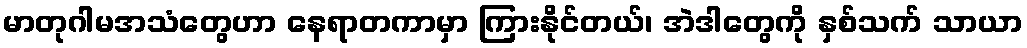
မာတုဂါမအသံတွေဟာ နေရာတကာမှာ ကြားနိုင်တယ်၊ အဲဒါတွေကို နှစ်သက် သာယာ